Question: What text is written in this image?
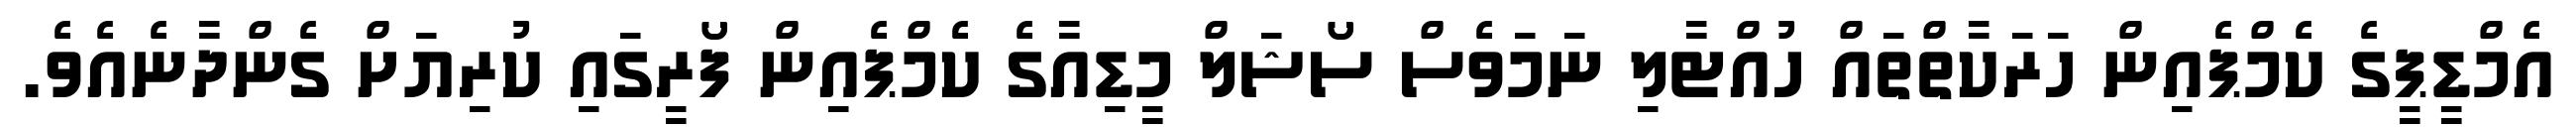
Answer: އެމްޑީޕީގެ ކެމްޕެއިން ހަރަކާތްތައް ހުއްޓާލި ނަމަވެސް ސޯޝަލް މީޑިއާގެ ކެމްޕެއިން ފޯރީގައި ކުރިޔަށް ގެންދާނެއެވެ.